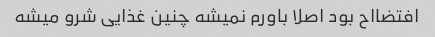
افتضااح بود اصلا باورم نمیشه چنین غذایی شرو میشه